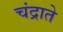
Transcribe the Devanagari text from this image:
चंद्राते